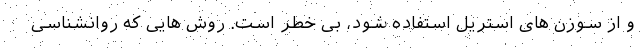
و از سوزن های استریل استفاده شود، بی خطر است. روش هایی که روانشناسی